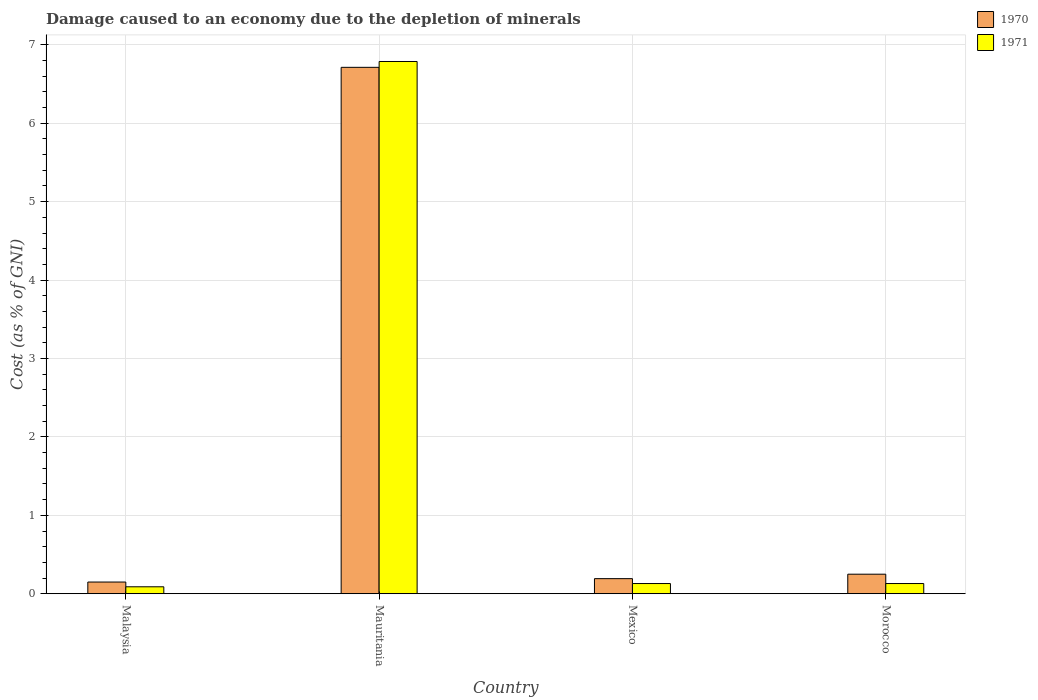
| Country | 1970 | 1971 |
 | --- | --- | --- |
 | Malaysia | 0.149 | 0.0887 |
 | Mauritania | 6.71 | 6.79 |
 | Mexico | 0.193 | 0.13 |
 | Morocco | 0.249 | 0.13 |